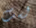
لست